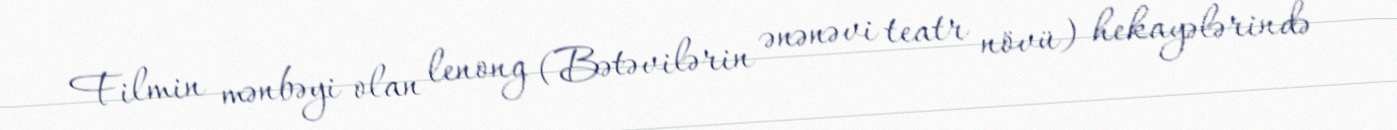
Filmin mənbəyi olan lenong (Bətəvilərin ənənəvi teatr növü) hekayələrində